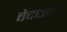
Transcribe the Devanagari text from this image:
वेदधर्मा